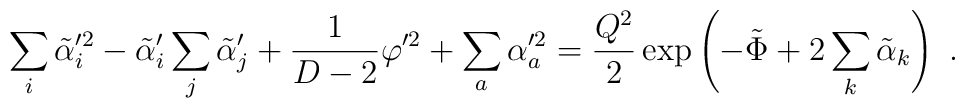
\sum_i \tilde\alpha_i^{\prime2} - \tilde\alpha_i'\sum_j\tilde\alpha_j'  + {1\over D-2} \varphi^{\prime2} + \sum_a \alpha_a^{\prime2} = {Q^2 \over 2} \exp\left(-\tilde\Phi+2\sum_k \tilde\alpha_k \right)  \ .